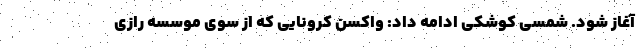
آغاز شود. شمسی کوشکی ادامه داد: واکسن کرونایی که از سوی موسسه رازی